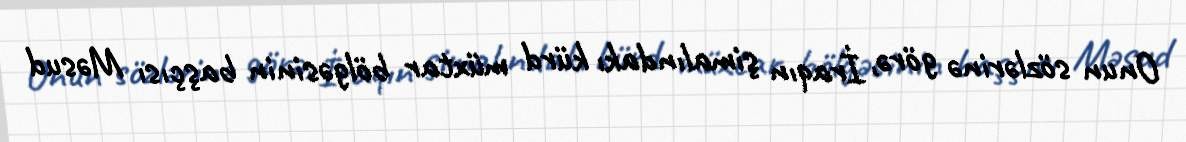
Onun sözlərinə görə, İraqın şimalındakı kürd müxtar bölgəsinin başçısı Məsud